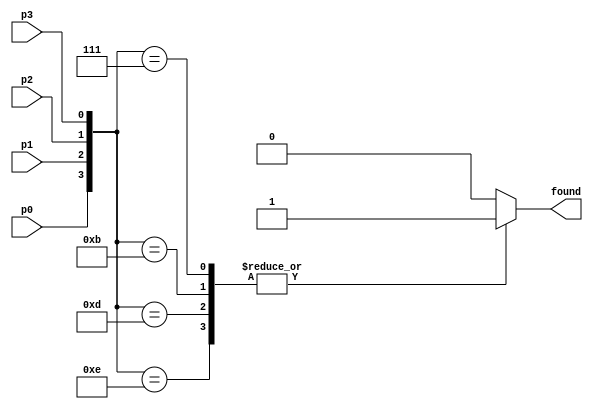
module checkOnes(input p0, p1, p2, p3, output reg found);
    always @(*)begin
        case({p0, p1, p2, p3})
            4'b1110: found = 1'b1;  
            4'b1101: found = 1'b1;
            4'b1011: found = 1'b1;
            4'b0111: found = 1'b1;
            default: found = 1'b0;  
        endcase
    end
endmodule